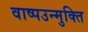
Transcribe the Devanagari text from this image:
वाष्पउन्मुक्ति